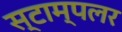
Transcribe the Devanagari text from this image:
स्टाम्पलर